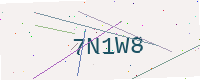
Text: 7N1W8